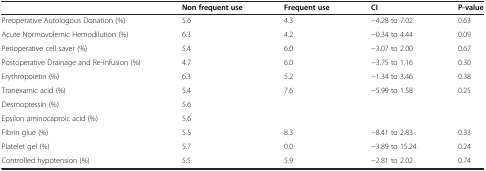
<table><thead><tr><td><b> </b></td><td><b>Non frequent use</b></td><td><b>Frequent use</b></td><td><b>CI</b></td><td><b>P-value</b></td></tr></thead><tbody><tr><td>Preoperative Autologous Donation (%)</td><td>5.6</td><td>4.3</td><td>−4.28 to 7.02</td><td>0.63</td></tr><tr><td>Acute Normovolemic Hemodilution (%)</td><td>6.3</td><td>4.2</td><td>−0.34 to 4.44</td><td>0.09</td></tr><tr><td>Perioperative cell saver (%)</td><td>5.4</td><td>6.0</td><td>−3.07 to 2.00</td><td>0.67</td></tr><tr><td>Postoperative Drainage and Re-infusion (%)</td><td>4.7</td><td>6.0</td><td>−3.75 to 1.16</td><td>0.30</td></tr><tr><td>Erythropoietin (%)</td><td>6.3</td><td>5.2</td><td>−1.34 to 3.46</td><td>0.38</td></tr><tr><td>Tranexamic acid (%)</td><td>5.4</td><td>7.6</td><td>−5.99 to 1.58</td><td>0.25</td></tr><tr><td>Desmopressin (%)</td><td>5.6</td><td> </td><td> </td><td> </td></tr><tr><td>Epsilon aminocaproic acid (%)</td><td>5.6</td><td> </td><td> </td><td> </td></tr><tr><td>Fibrin glue (%)</td><td>5.5</td><td>8.3</td><td>−8.41 to 2.83</td><td>0.33</td></tr><tr><td>Platelet gel (%)</td><td>5.7</td><td>0.0</td><td>−3.89 to 15.24</td><td>0.24</td></tr><tr><td>Controlled hypotension (%)</td><td>5.5</td><td>5.9</td><td>−2.81 to 2.02</td><td>0.74</td></tr></tbody></table>